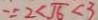
\because 2 < \sqrt { 6 } < 3